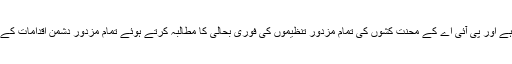
ریڈ ورکرز فرنٹ اس گھناؤنی مزدور دشمن سازش کی شدید ترین الفاظ میں مذمت کرتا ہے اور پی آئی اے کے محنت کشوں کی تمام مزدور تنظیموں کی فوری بحالی کا مطالبہ کرتے ہوئے تمام مزدور دشمن اقدامات کے خلاف جدوجہد میں پی آئی اے ملازمین کے شانہ بشانہ کھڑے رہنے کا اعلان کرتا ہے۔